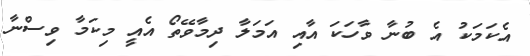
އެކަމަކު އެ ބުނާ ވާހަކަ އާއި އަމަލާ ދިމާވޭތޯ އެއީ މިކަމާ ވިސްނާ